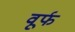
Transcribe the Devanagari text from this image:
वूर्फ